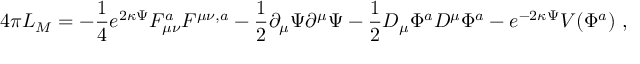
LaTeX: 4 \pi L _ { M } = - \frac { 1 } { 4 } e ^ { 2 \kappa \Psi } F _ { \mu \nu } ^ { a } F ^ { \mu \nu , a } - \frac { 1 } { 2 } \partial _ { \mu } \Psi \partial ^ { \mu } \Psi - \frac { 1 } { 2 } D _ { \mu } \Phi ^ { a } D ^ { \mu } \Phi ^ { a } - e ^ { - 2 \kappa \Psi } V ( \Phi ^ { a } ) \ ,